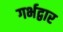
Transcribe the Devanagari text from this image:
गर्भद्वार